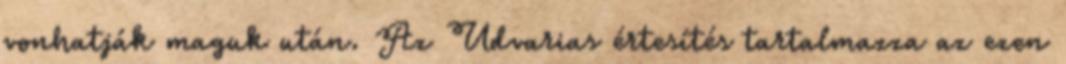
vonhatják maguk után. Az Udvarias értesítés tartalmazza az ezen